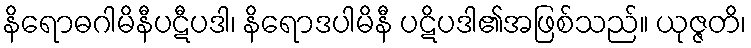
နိရောဓဂါမိနီပဋီပဒါ၊ နိရောဒပါမိနီ ပဋိပဒါ၏အဖြစ်သည်။ ယုဇ္ဇတိ၊